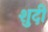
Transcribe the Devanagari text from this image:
शुदी